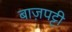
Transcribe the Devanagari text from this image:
बाज़पट्टी